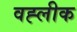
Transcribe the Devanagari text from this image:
वह्लीक